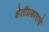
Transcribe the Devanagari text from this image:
शेतीप्रकाराचे